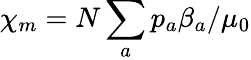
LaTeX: \chi_{m}=N\sum_{a}p_{a}\beta_{a}/\mu_{0}